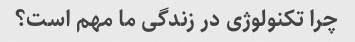
چرا تکنولوژی در زندگی ما مهم است؟